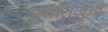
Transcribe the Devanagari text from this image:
सर्वातजुनी